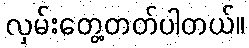
လှမ်းတွေ့တတ်ပါတယ်။